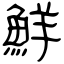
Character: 鮮